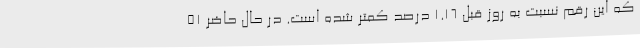
که این رقم نسبت به روز قبل ۱.۱۶ درصد کمتر شده است. در حال حاضر ۵۱